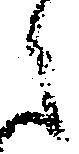
之